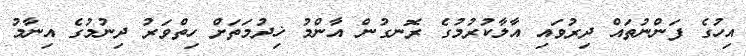
އިހުގެ ފަންނުތައް ދިރުވައި އާލާކުރުމުގެ ރޮނގުން އާންމު ޚިދުމަތަށް ހިތްވަރު ދިނުމުގެ އިނާމު